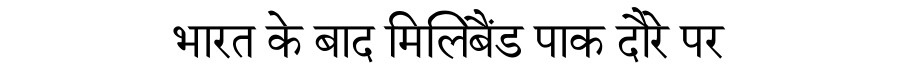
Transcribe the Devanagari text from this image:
भारत के बाद मिलिबैंड पाक दौरे पर